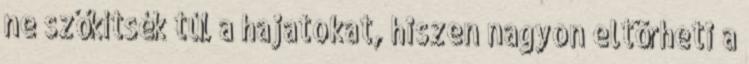
ne szőkítsék túl a hajatokat, hiszen nagyon eltörheti a